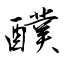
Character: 醭